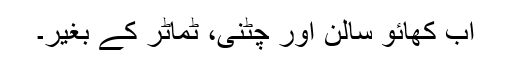
اب کھائو سالن اور چٹنی، ٹماٹر کے بغیر۔